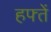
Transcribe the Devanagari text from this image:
हफ्तें